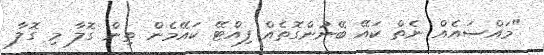
"މައްސައެއް ނެތް ކައޭ ބޭނުންގޮތެއް ފިއްޓޭ ކައޭމެން ތިން ގޮލާ މި ގޮލާ